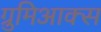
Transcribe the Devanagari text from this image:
ग्रुमिआक्स